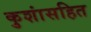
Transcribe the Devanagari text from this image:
कुशांसहित